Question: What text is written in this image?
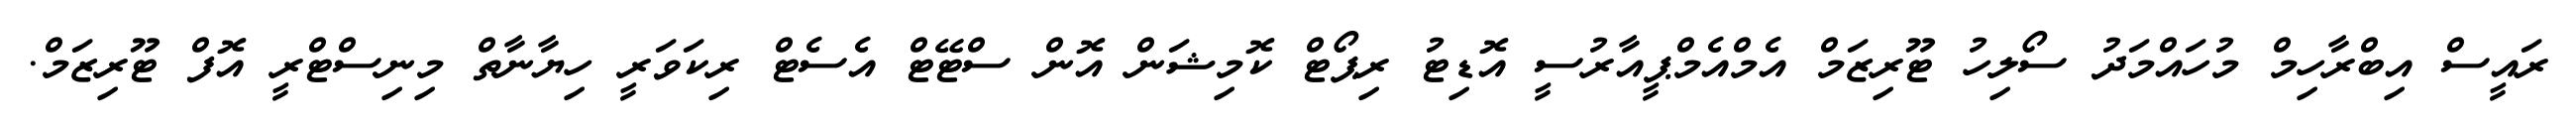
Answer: ރައީސް އިބްރާހިމް މުހައްމަދު ސޯލިހު ޓޫރިޒަމް އެމްއެމްޕީއާރުސީ އޮޑިޓު ރިޕޯޓް ކޮމިޝަން އޮން ސްޓޭޓް އެސެޓް ރިކަވަރީ ހިޔާނާތް މިނިސްޓްރީ އޮފް ޓޫރިޒަމް.